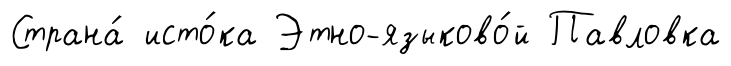
Страна́ исто́ка Этно-языково́й Павловка